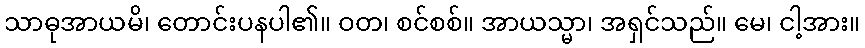
သာဓုအာယမိ၊ တောင်းပနပါ၏။ ဝတ၊ စင်စစ်။ အာယသ္မာ၊ အရှင်သည်။ မေ၊ ငါ့အား။